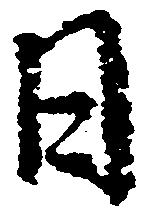
日